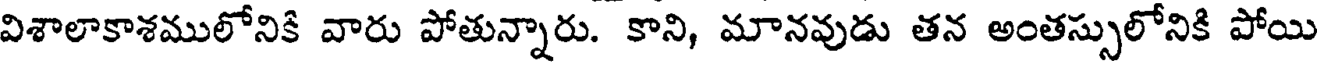
విశాలాకాశములోనికి వారు పోతున్నారు. కాని, మానవుడు తన అంతస్సులోనికి పోయి